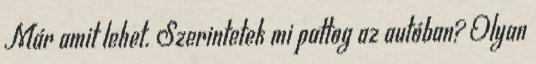
Már amit lehet. Szerintetek mi pattog az autóban? Olyan